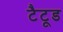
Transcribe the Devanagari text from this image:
टैटूड